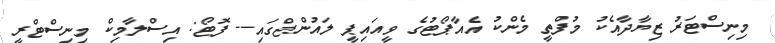
މިނިސްޓަރު ޒިޔާދާއެކު މުފްތީ މެންކު އެއާޕޯޓުގެ ވީއައިޕީ ލައުންޖްގައި-- ފޮޓޯ: އިސްލާމިކް މިނިސްޓްރީ